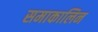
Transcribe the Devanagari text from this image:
समाकालिन